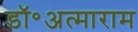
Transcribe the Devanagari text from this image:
डॉ॰अत्माराम